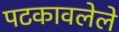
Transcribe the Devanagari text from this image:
पटकावलेले